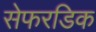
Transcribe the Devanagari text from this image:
सेफरडिक